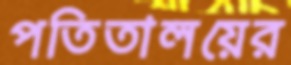
পতিতালয়ের